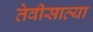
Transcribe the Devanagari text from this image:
तेवीसाव्‍या